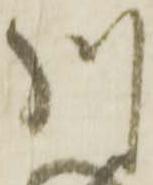
川